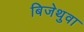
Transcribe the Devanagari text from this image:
बिजेथुवा